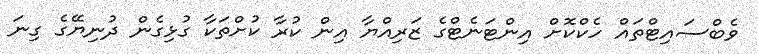
ވެބްސައިޓްތައް ހެކްކޮށް އިންޓަނެޓްގެ ޒަރިއްޔާ އިން ކުރާ ކުށްތަކާ ގުޅިގެން ދުނިޔޭގެ ގިނަ